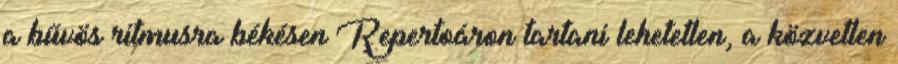
a bűvös ritmusra békésen Repertoáron tartani lehetetlen, a közvetlen